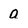
Character: a